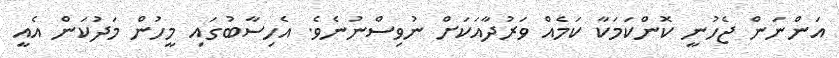
އަންނަން ޖެހުނީ ކޮންކަމަކާ ކަމެއް ވަރުދާއަކަށް ނުވިސްނުނެވެ. އެހިސާބުގައި މީހުން މަދުކަން އެއީ